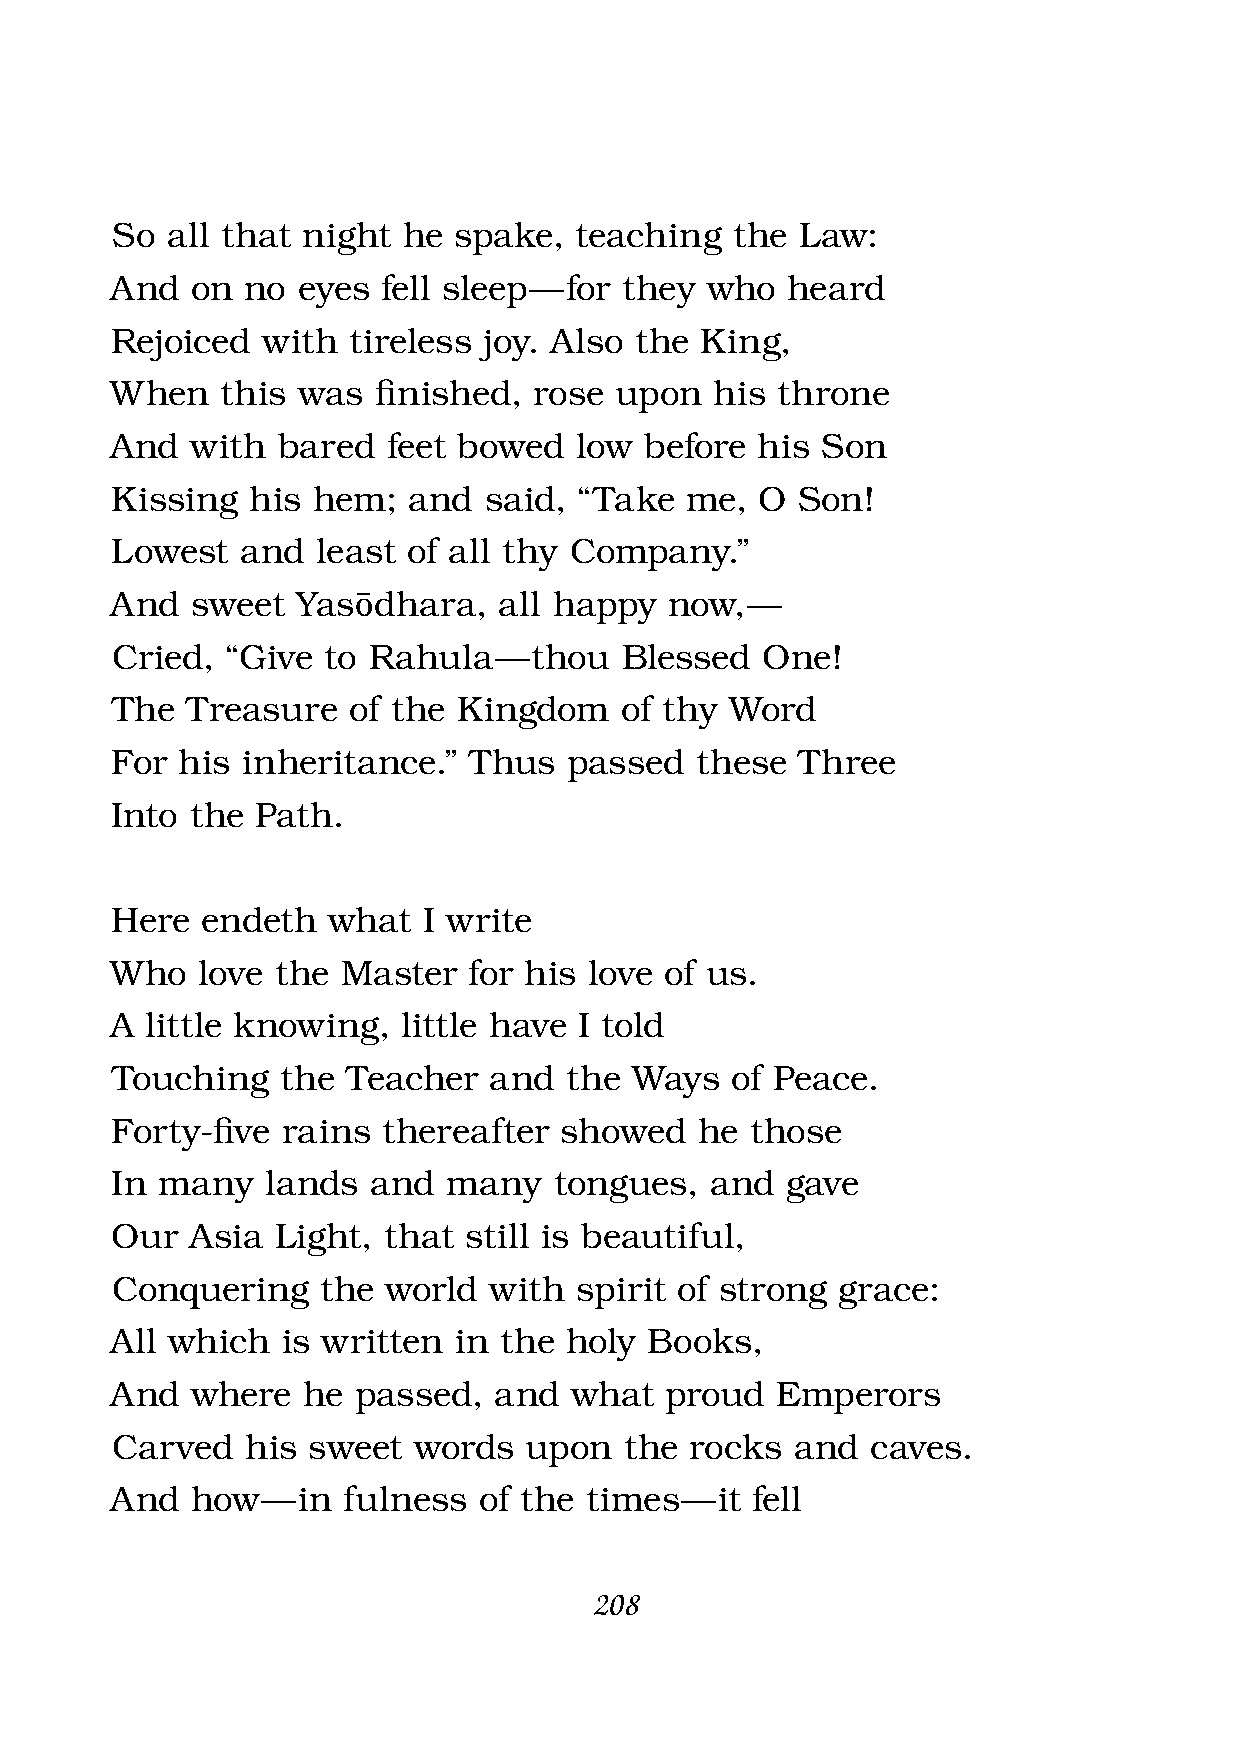
So  all that night  he spake,  teaching   the Law:
 And   on no  eyes fell sleep — for they who  heard
 Rejoiced  with  tireless joy. Also the King,
 When    this was  fi nished, rose upon  his throne
 And   with bared   feet bowed  low  before his Son
 Kissing  his  hem;  and  said, “Take  me,  O  Son!
 Lowest   and  least of all thy Company.”
 And   sweet  Yas‘dhara,   all happy  now, —
 Cried,  “Give to Rahula   — thou  Blessed  One!
 The  Treasure   of the Kingdom    of thy Word
 For  his inheritance.”  Thus   passed  these  Three
 Into  the Path.
 Here  endeth   what  I write
 Who   love the  Master  for his love of us.
 A  little knowing,  little have I told
 Touching    the Teacher  and  the  Ways  of Peace.
 Forty-fi ve rains thereafter  showed   he  those
 In many    lands and   many   tongues,  and  gave
 Our   Asia Light, that  still is beautiful,
 Conquering    the  world with  spirit of strong grace:
 All which   is written in the holy  Books,
 And   where  he passed,   and  what  proud  Emperors
 Carved   his sweet  words   upon  the  rocks  and  caves.
 And   how —  in fulness  of the times —  it fell
 208